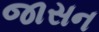
જાસન